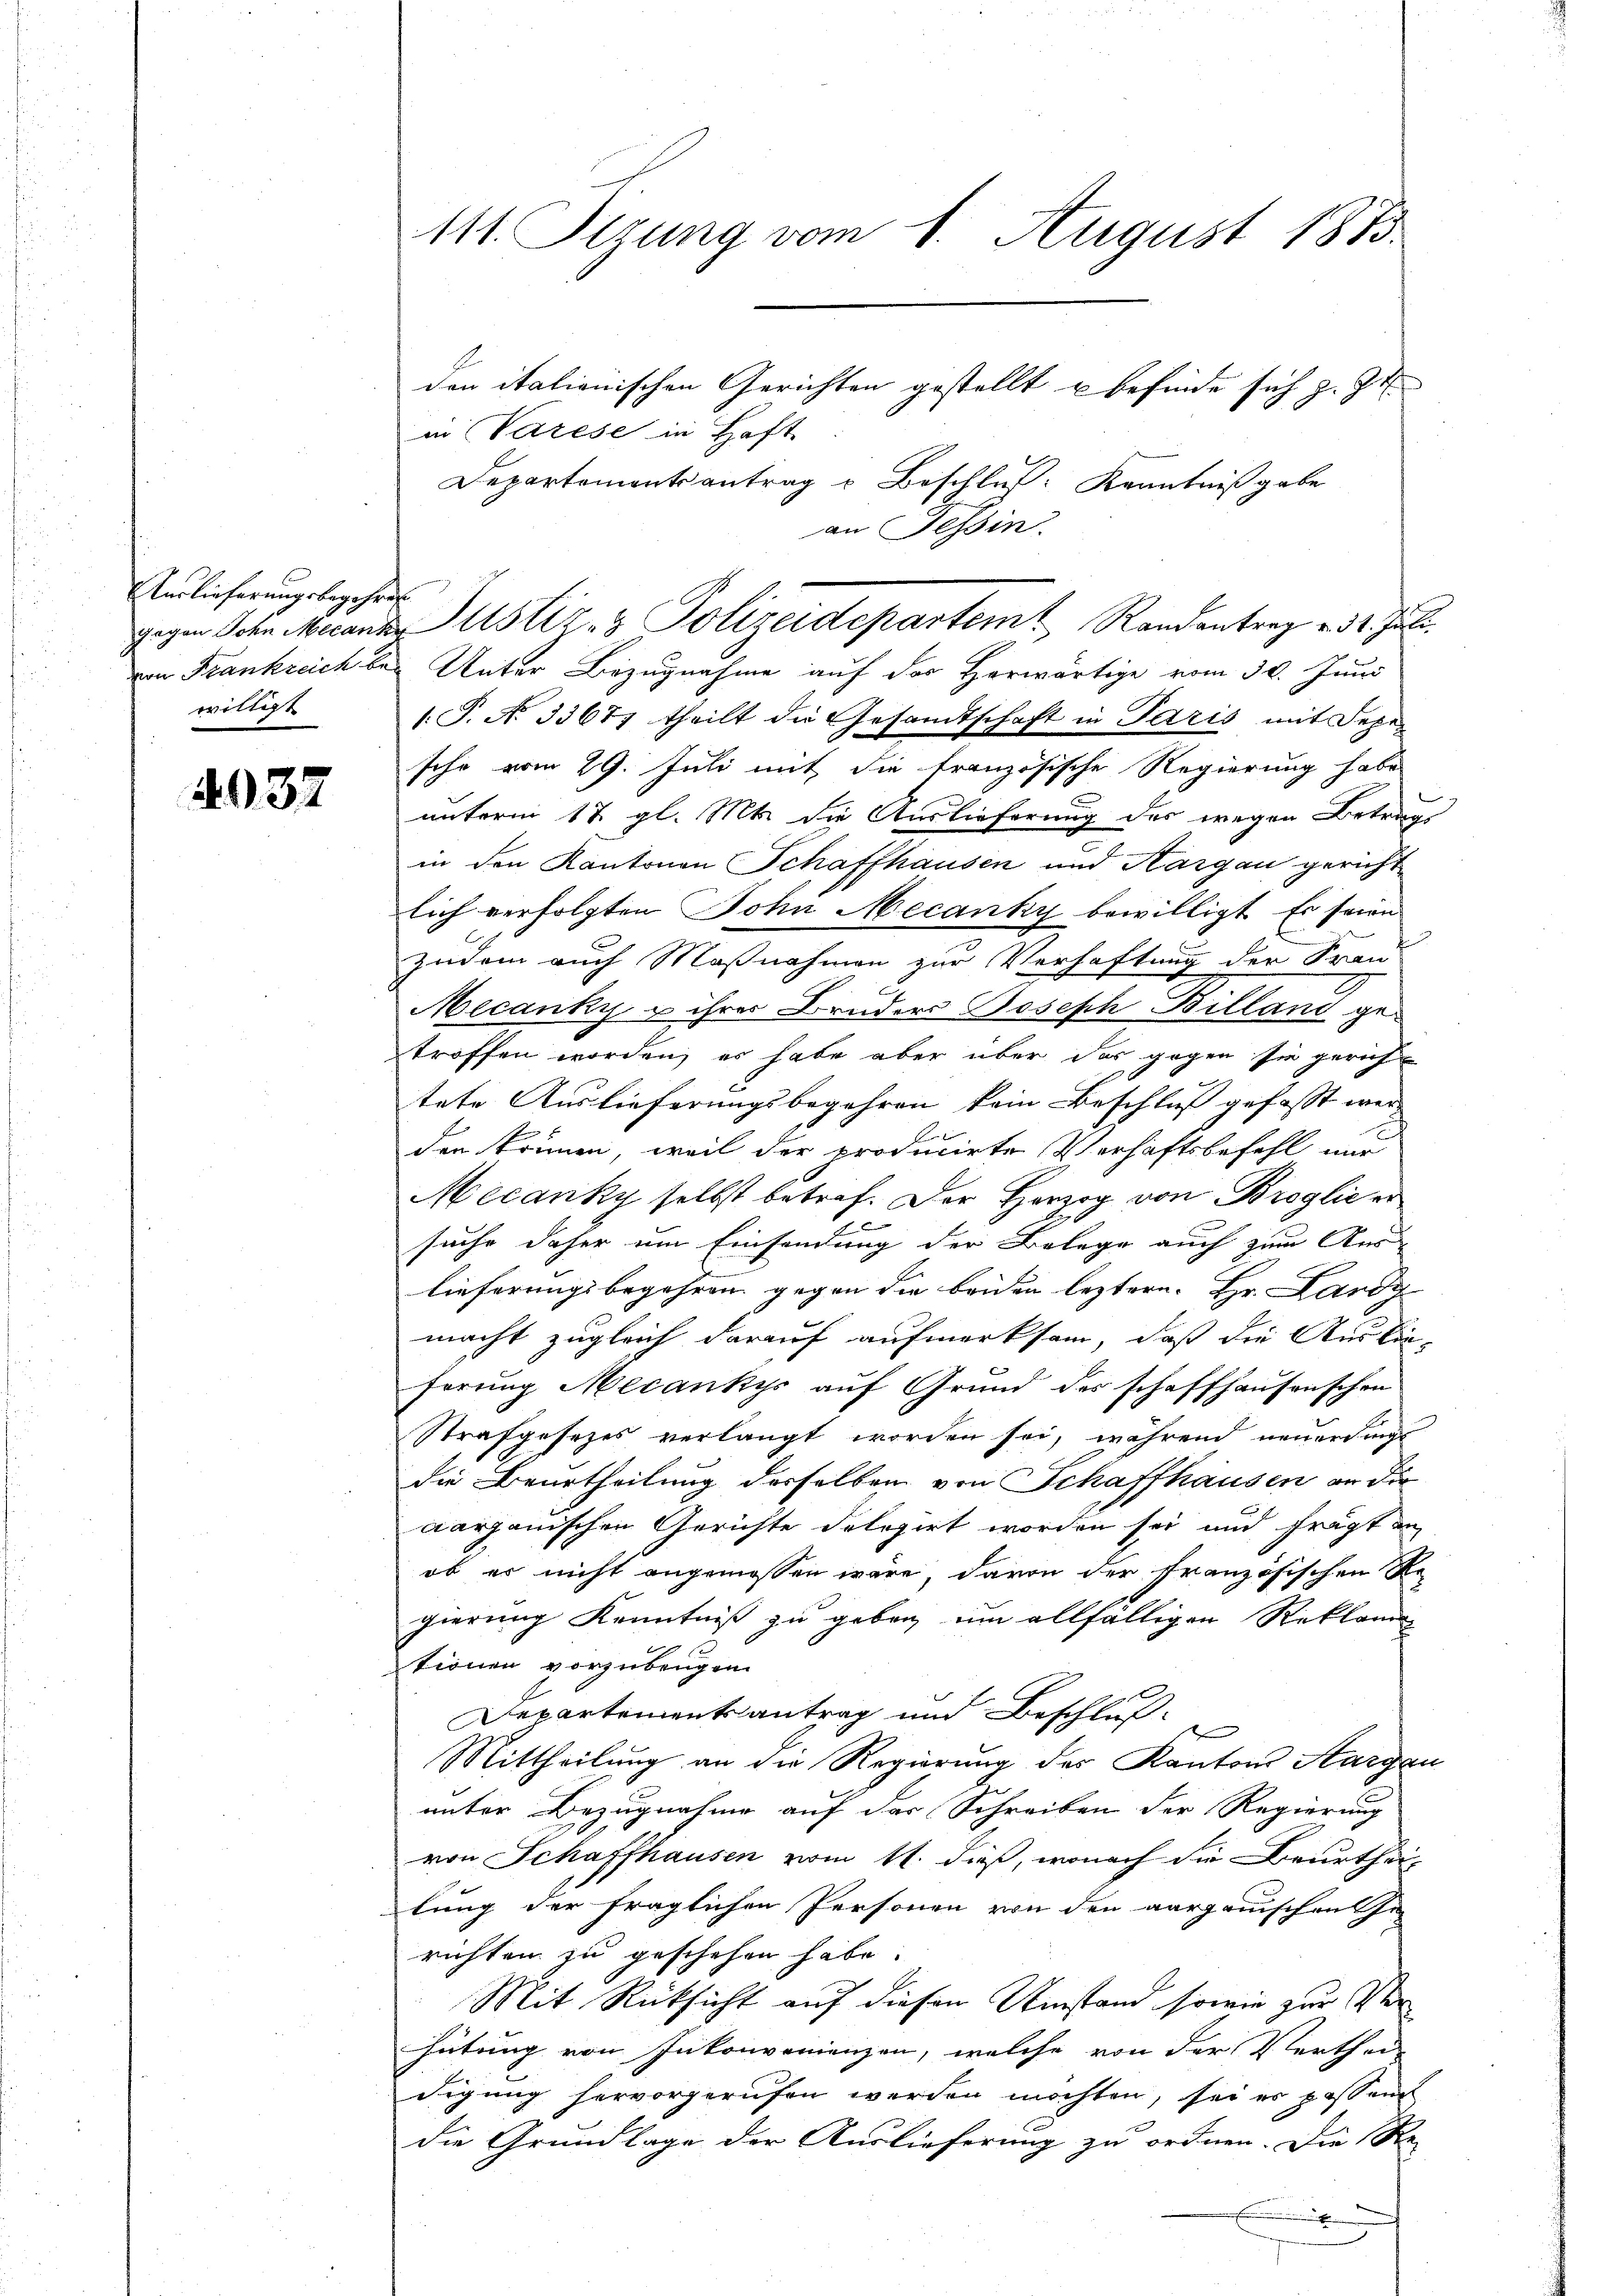
Auslieferungsbegehres
willigt

4032

111. Sizung vom 1. August 1883.

den italionischen Gerichten gestellt u befinde sich z. Zt.
in Warese in Haft
Departementsantrag u Beschluß: Kenntnißgabe
an Tessin.
von Frankreich bei Unter Bezugnahme auf des Herwärtige vom 30. Juni
(T. N. 33677 theilt die Gesandtschaft in Paris mit Sepesche vom 29. Juli mit die französische Regierung habe
unterm 17. gl. Mts. die Auslieferung des wegen Betrags
in den Kantonen Schaffhausen und Aargau gericht
lich verfolgten Sohn Mecanky bewilligt. Es seien
zudem auch Maßnahmen zur Verhaftung der Fran
Mecanky u ihrer Bruders Joseph Billand getroffen worden, es habe aber über das gegen sie gerich
tete Auslieferungsbegehren kein Beschluß gefasst werden können, weil der producirte Verhaftsbefehl nur
Mecanky selbst betref. Der Herzog von Broglie er
suche daher um Einsendung der Belege auch zum Aus
lieferungsbegehren gegen die beiden leztern. Hr. Lardy
macht zugleich darauf aufmerksam, daß die Ausliehörung Mecankys auf Grund des schaffhausenschen
Strafgesezes verlangt worden sei, während neuerdingt
die Beurtheilung derselben von Schaffhausen an die
aargauischen Gerichte delegirt worden sei und frägt an
ob er nicht angemessen wäre, davon der französischen Re-
gierung Kenntniß zu geben um allfälligen Reklam
tionen vorzubeugen.
Departementsantrag und Beschluß
e
Mittheilung an die Regierung des Kantons Aargau
unter Bezugnahme auf der Schreiben der Regierung
von Schaffhausen vom 11. dieß, wonach die Beurthei-
lung der fraglichen Personen von den aargauischen Ge
richten zu geschehen habe.
Mit Rücksicht auf diesen Umstand sowie zur Verhütung von Inkonvenienzen, welche von der Verthei-
digung hervorgerufen werden möchten, sei es possen
die Grundlage der Auslieferung zu ordnen. Die Re-
.

gegen Sohn Mecanen Astiz- & Polizeidepartem Randantrag v. 31. Juli.